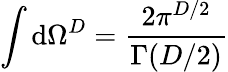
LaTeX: \int\mathrm{d}\Omega^{D}=\frac{{2\pi^{D/2}}}{{\Gamma(D/2)}}